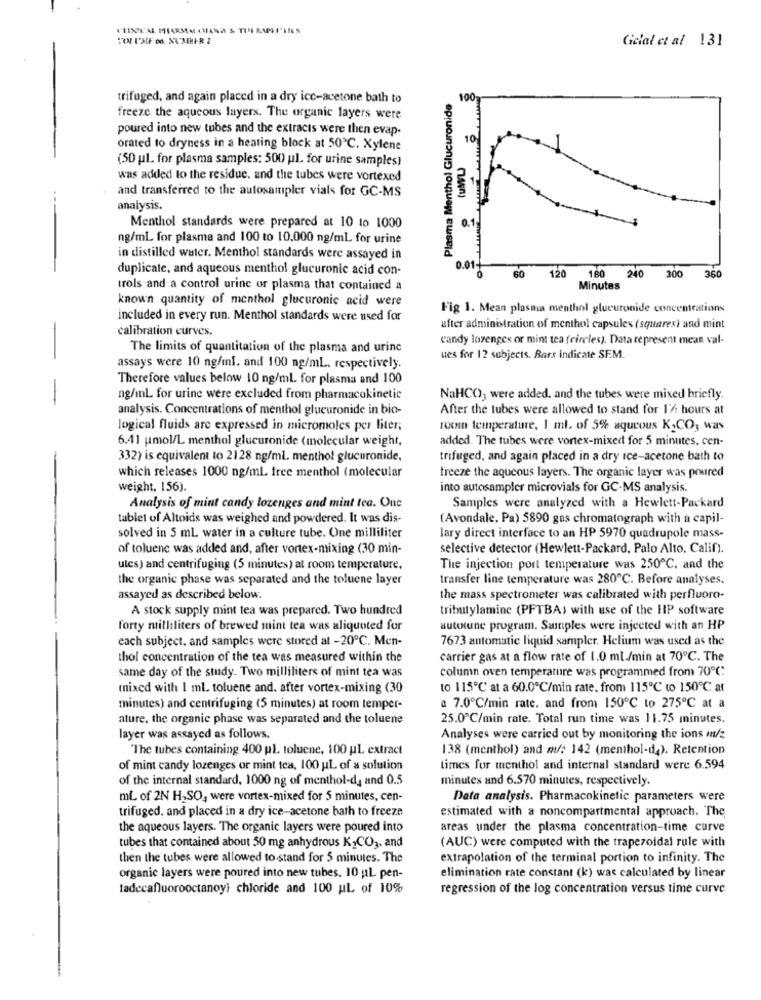
Ciclal ct al 131
trifuged, and again placed in a dry ice-acetone bath to
Plasma Menthol Glucuronide
100
freeze the aqueous layers. The organic layers were
poured into new tubes and the extracts were then evap-
10
orated to dryness in a heating block at 50℃. Xylene
(50 ul. for plasma samples: 500 ul. for urine samples)
was added to the residue. and the tubes were vortexed
and transferred to the autosampler vials for GC-MS
analysis.
Menthol standards were prepared at 10 to 1000
ng/ml for plasma and 100 to 10,000 ng/ml for urine
in distilled water. Menthol standards were assayed in
duplicate, and aqueous menthol glucuronic acid con-
0.01
120
160
60
240 300
360
trols and a control urine or plasma that contained a
Minutes
known quantity of menthol glucuronic acid were
Fig 1. Mean plasma menthol glucuronide concentrations
included in every run. Menthol standards were used for
calibration curves.
after administration of menthol capsules (squares) and mint
candy lozenges or mint tea (circles). Data represent mean val-
The limits of quantitation of the plasma and urine
ues for 12 subjects. Bars indicate SF.M.
assays were 10 ng/ml. and 100 ng/mL. respectively.
Therefore values below 10 ng/ml for plasma and 100
ng/ml for urine were excluded from pharmacokinetic
NaHCO, were added, and the tubes were mixed briefly.
analysis. Concentrations of menthol glucuronide in bio-
After the tubes were allowed to stand for 1%: hours at
logical fluids are expressed in micromoles per liter;
rocin temperature, 1 ml. of 5% aqueous K CO3 was
6.41 umol/L menthol glucuronide (molecular weight,
added. The tubes were vortex-mixed for 5 minutes, cen-
332) is equivalent to 2128 ng/ml. menthol glucuronide,
trifuged, and again placed in a dry ice-acetone bath to
which releases 1000 ng/ml. free menthol (molecular
freeze the aqueous layers. The organic layer was poured
weight, 156).
into autosampler microvials for GC-MS analysis.
Analysis of mint candy lozenges and mint tea. One
Samples were analyzed with a Hewlett-Packard
tablet of Altoids was weighed and powdered. It was dis-
(Avondale, Pa) 5890 gas chromatograph with a capil-
solved in 5 ml water in a culture tube. One milliliter
lary direct interface to an HP 5970 quadrupole mass-
of toluene was added and, after vortex-mixing (30 min-
selective detector (Hewlett-Packard, Palo Alto, Calif).
utcs) and centrifuging (5 minutes) at room temperature,
The injection port temperature was 250℃, and the
the organic phase was separated and the toluene layer
transfer line temperature was 280℃. Before analyses.
assayed as described below.
the mass spectrometer was calibrated with perfluoro-
A stock supply mint tea was prepared. Two hundred
tributylamine (PFTBA) with use of the HP software
forty milliliters of brewed mint tea was aliquoted for
autotune program. Samples were injected with an HP
each subject. and samples were stored at -20℃. Men-
7673 automatic liquid sampler. Helium was used as the
thol concentration of the tea was measured within the
carrier gas at a flow rate of 1.0 ml./min at 70℃. The
column oven temperature was programmed from 70℃
same day of the study. Two milliliters of mint tea was
mixed with 1 ml. toluene and, after vortex-mixing (30
to 115℃' at a 60.0℃/min rate. from 115℃ to 150℃ at
minutes) and centrifuging (5 minutes) at room temper-
a 7.0℃/min rate. and from 150℃ to 275℃ at a
ature, the organic phase was separated and the toluene
25.0℃/min rate. Total run time was 11.75 minutes.
layer was assayed as follows.
Analyses were carried out by monitoring the ions m/z
"The tubes containing 400 pl. toluene, 100 ul extract
138 (menthol) and m/: 142 (menthol-d4). Retention
of mint candy lozenges or mint tea, 100 uL of a solution
times for menthol and internal standard were 6.594
of the internal standard, 1000 ng of menthol-d, and 0.5
minutes and 6.570 minutes, respectively.
mL of 2N H2SO, were vortex-mixed for 5 minutes, cen-
Data analysis. Pharmacokinetic parameters were
trifuged, and placed in a dry ice-acetone bath to freeze
estimated with a noncompartmental approach. The
the aqueous layers. The organic layers were poured into
areas under the plasma concentration-time curve
(AUC) were computed with the trapezoidal rule with
tubes that contained about 50 mg anhydrous K2CO3, and
then the tubes were allowed to stand for 5 minutes. The
extrapolation of the terminal portion to infinity. The
organic layers were poured into new tubes. 10 ul pen-
elimination rate constant (k) was calculated by linear
tadccafluorooctanoy! chloride and 100 ul of 10%
regression of the log concentration versus time curve